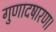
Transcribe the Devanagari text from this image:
गुणादषारण।